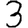
Digit: 3